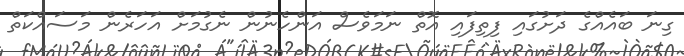
ގިނަ ބައެއްގެ ދަށުގައި ފިތިފައި އޮތް ނަމަވެސް އަންހެނުން ނެގުމަށް އަހަރެން މަސައްކަތް